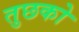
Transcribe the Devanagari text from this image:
तुछको